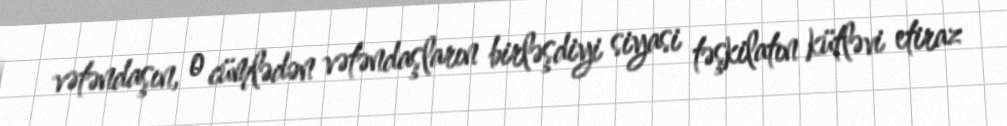
vətəndaşın, o cümlədən vətəndaşların birləşdiyi siyasi təşkilatın kütləvi etiraz